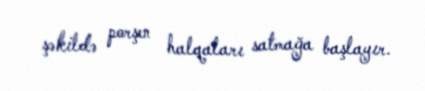
şəkildə porşen halqaları satmağa başlayır.